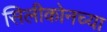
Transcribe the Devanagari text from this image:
सिलीकोनच्या